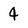
Character: 4